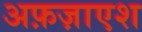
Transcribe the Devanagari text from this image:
अफ़ज़ाएश